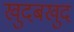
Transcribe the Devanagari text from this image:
खुदबखुद